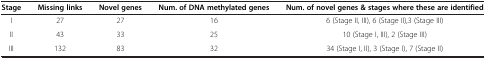
| Stage | Missing links | Novel genes | Num. of DNA methylated genes | Num. of novel genes & stages where these are identified |
 | --- | --- | --- | --- | --- |
 | I | 27 | 27 | 16 | 6 (Stage II, III), 6 (Stage II),3 (Stage III) |
 | II | 43 | 33 | 25 | 10 (Stage I, III), 2 (Stage III) |
 | III | 132 | 83 | 32 | 34 (Stage I, II), 3 (Stage I), 7 (Stage II) |